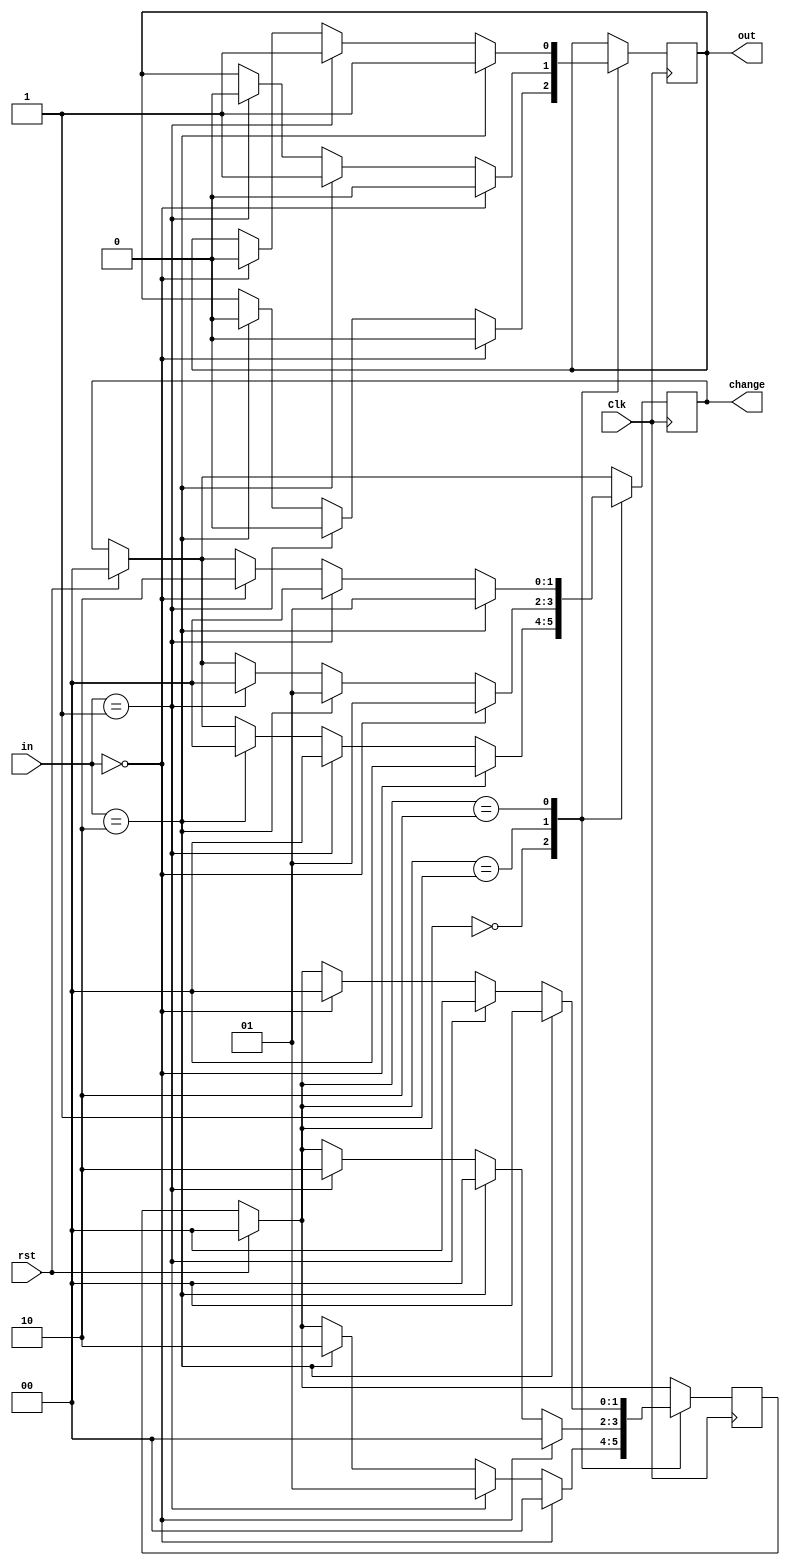
module Vending_Machine(
	input Clk, 
	input rst,
	input [1:0] in,
	output reg out,
	output reg [1:0] change

);
parameter s0 = 2'b00;
parameter s1 = 2'b01;
parameter s2 = 2'b10;
reg [1:0] c_state, n_state;
always @(posedge Clk)
	begin
		if(rst)
			begin
				c_state = 0;
				n_state = 0;
				change = 2'b00;
			end
		else
			c_state = n_state;
		case (c_state)
			s0: 
				if(in == 2'b00)
					begin
						n_state = s0;
						out = 0;
						change = 2'b00;
					end
				else if(in == 2'b01)
					begin
						n_state = s1;
						out = 0;
						change = 2'b00;
					end
				else if(in == 2'b10)
					begin
						n_state = s2;
						out = 0;
						change = 2'b00;
					end
			s1:
				if(in == 2'b00)
					begin
						n_state = s0;
						out = 0;
						change = 2'b01;
					end
				else if(in == 2'b10)
					begin
						n_state = s0;
						out = 1;
						change = 2'b01;
					end
				else if(in == 2'b01)
					begin
						n_state = s2;
						out = 0;
						change = 2'b00;
					end
			s2:
				if(in == 2'b10)
					begin
						n_state = s0;
						out = 1;
						change = 2'b01;
					end
				else if(in == 2'b01)
					begin
						n_state = s0;
						out = 1;
						change = 2'b00;
					end
				else if(in == 2'b00)
					begin
						n_state = s0;
						out = 0;
						change = 2'b10;
					end
		endcase
	end
endmodule